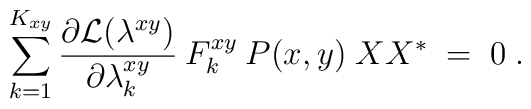
\sum_{k=1}^{K_{xy}} \frac{\partial{\cal{L}}(\lambda^{xy})}{\partial \lambda^{xy}_k}\: F^{xy}_k\: P(x,y)\;X X^* \;=\; 0 \;.